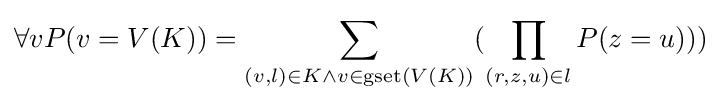
\forall vP(v=V(K))=\sum _{(v,l)\in K\land v\in \operatorname {gset} (V(K))}({\prod _{(r,z,u)\in l}P(z=u)}))